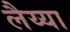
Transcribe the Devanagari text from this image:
लैय्या